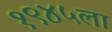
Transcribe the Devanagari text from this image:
१९४५ला